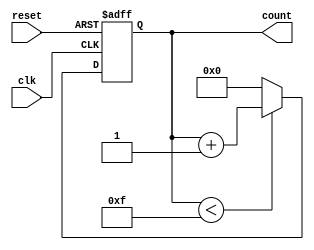
module parameterized_counter #(
    parameter WIDTH = 4,             // Default width of the counter
    parameter MAX_COUNT = (1 << WIDTH) - 1 // Default max count based on WIDTH
)(
    input wire clk,                  // Clock input
    input wire reset,                // Asynchronous reset input
    output reg [WIDTH-1:0] count     // Current count output
);

    // Initial value of the count register
    initial begin
        count = 0;                   // Initialize count to zero
    end

    // Always block for counting logic
    always @(posedge clk or posedge reset) begin
        if (reset) begin
            count <= 0;              // Reset count to zero
        end else if (count < MAX_COUNT) begin
            count <= count + 1;      // Increment count
        end else begin
            count <= 0;              // Wrap around to zero
        end
    end

endmodule